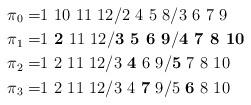
LaTeX: \begin{align*}\pi_0 =&1\ 10\ 11\ 12 / 2\ 4\ 5\ 8/ 3\ 6\ 7\ 9\\\pi_1 =& 1\ \textbf{2}\ 11\ 12 / \textbf{3\ 5\ 6\ 9}/ \textbf{4\ 7\ 8\ 10}\\\pi_2 =& 1\ 2\ 11\ 12 / 3\ \textbf{4}\ 6\ 9/ \textbf{5}\ 7\ 8\ 10\\\pi_3 =& 1\ 2\ 11\ 12 / 3\ 4\ \textbf{7}\ 9/ 5\ \textbf{6}\ 8\ 10\end{align*}